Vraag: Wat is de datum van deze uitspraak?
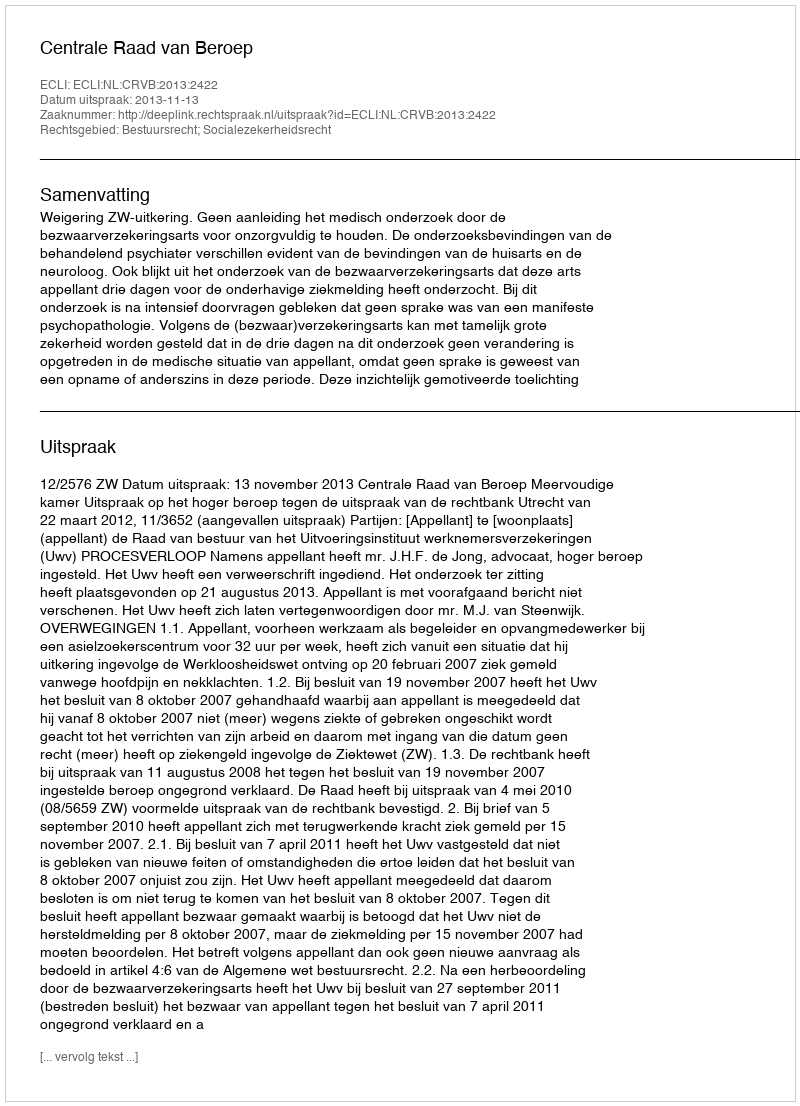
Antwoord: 2013-11-13